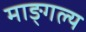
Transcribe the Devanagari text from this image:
माङ्गल्य